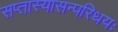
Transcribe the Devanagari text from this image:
सप्तास्यासन्परिधयः